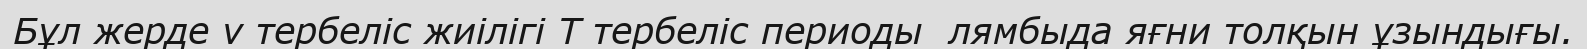
Бұл жерде v тербеліс жиілігі T тербеліс периоды  лямбыда яғни толқын ұзындығы.